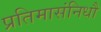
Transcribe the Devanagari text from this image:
प्रतिमासंनिधौ